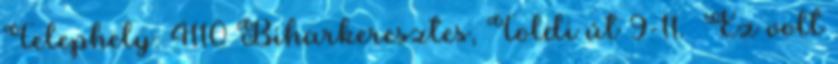
Telephely: 4110 Biharkeresztes, Toldi út 9-11. Ez volt